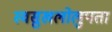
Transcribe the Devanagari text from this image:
स्वसुखलोलुपता